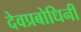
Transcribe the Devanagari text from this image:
देवप्रबोधिनी